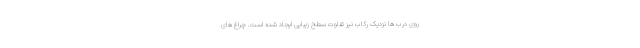
روی درب ها نزدیک رکاب نیز تفاوت سطح زیبایی ایجاد شده است. چراغ های